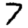
Digit: 7